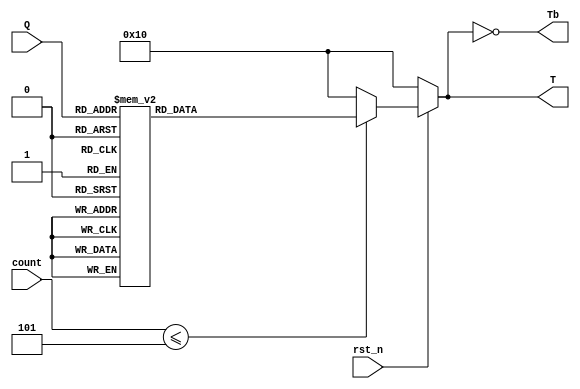
module Decoder3to8_f1 (
    input rst_n,
    input [2:0] Q,
    input [3:0] count,
    output reg [7:0] T,
    output reg [7:0] Tb
);
    always @(*) begin
        if (!rst_n) begin
            T = 8'b00010000;
        end
        else if (count <= 4'd5) begin
            case (Q[2:0])
                3'd0: T = 8'b00000001;
                3'd1: T = 8'b00000010;
                3'd2: T = 8'b00000100;
                3'd3: T = 8'b00001000;
                3'd4: T = 8'b00010000;
                3'd5: T = 8'b00100000;
                3'd6: T = 8'b01000000;
                3'd7: T = 8'b10000000;
                default : T = 8'b00010000;
            endcase
        end else begin
            T = 8'b00010000;
        end
    end

    always @(*) begin
        Tb = ~T;
    end
endmodule